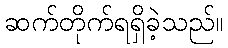
ဆက်တိုက်ရရှိခဲ့သည်။